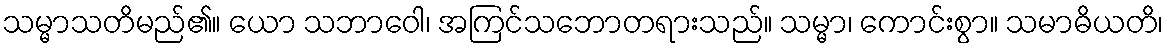
သမ္မာသတိမည်၏။ ယော သဘာဝေါ၊ အကြင်သဘောတရားသည်။ သမ္မာ၊ ကောင်းစွာ။ သမာဓိယတိ၊